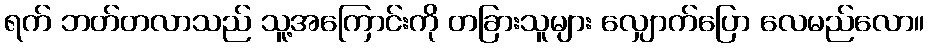
ရက် ဘတ်တလာသည် သူ့အကြောင်းကို တခြားသူများ လျှောက်ပြော လေမည်လော။